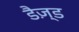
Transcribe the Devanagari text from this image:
डैज़्ड